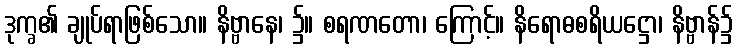
ဒုက္ခ၏ ချုပ်ရာဖြစ်သော။ နိဗ္ဗာနေ၊ ၌။ စရဏတော၊ ကြောင့်။ နိရောဓစရိယဋ္ဌော၊ နိဗ္ဗာန်၌